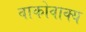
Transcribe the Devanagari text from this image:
वाकोवाक्य